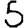
Digit: 5